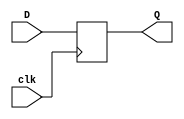
`timescale 1ns / 1ps

module DFF(clk, D, Q);

input D, clk;
output reg Q;
always @(posedge clk)
begin
    Q <= D;
end

endmodule